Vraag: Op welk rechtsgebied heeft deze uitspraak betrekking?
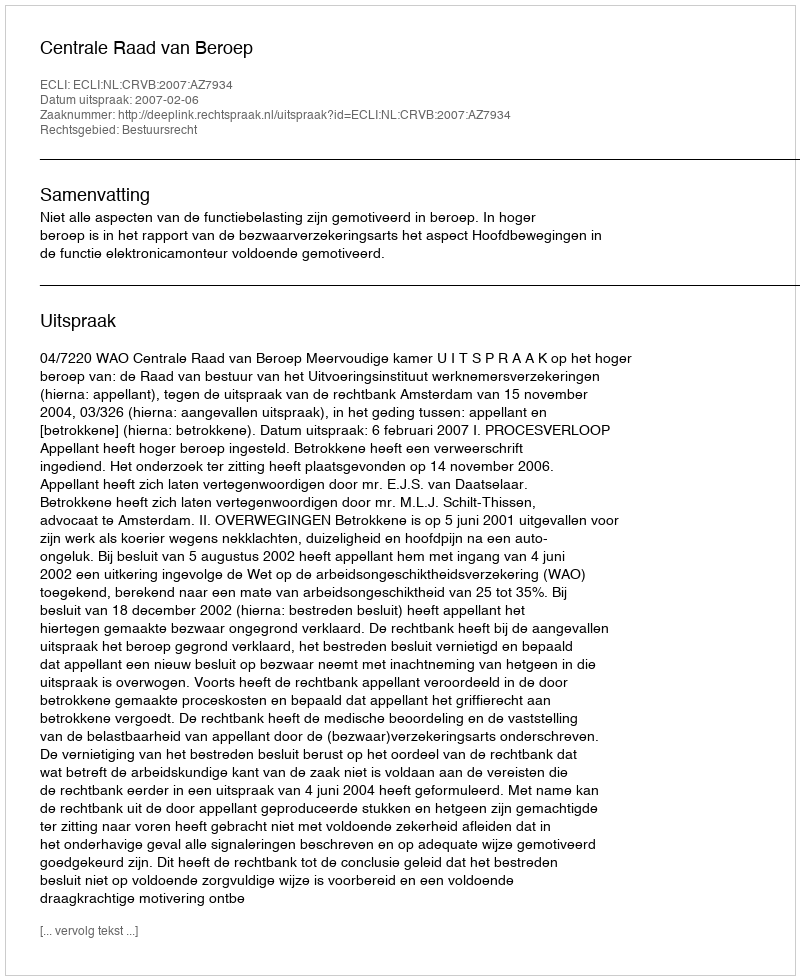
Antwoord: Bestuursrecht